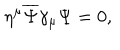
LaTeX: \eta ^ { \mu } { \overline { { \Psi } } } \gamma _ { \mu } \Psi = 0 ,